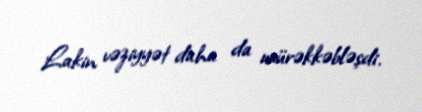
Lakin vəziyyət daha da mürəkkəbləşdi.